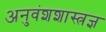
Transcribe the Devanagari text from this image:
अनुवंशशास्त्रज्ञ